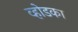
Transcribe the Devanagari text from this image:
व्होडका